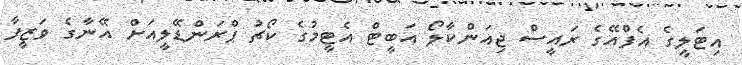
އިޓަލީގެ އެފްއޭގެ ރައީސް ޖިއަންކާލޯ އަބީޓް އެޓީމުގެ ކޯޗު ޕްރަންޑޭލީއަށް އޭނާގެ ވަޒީފާ